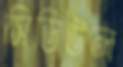
সিডিউল